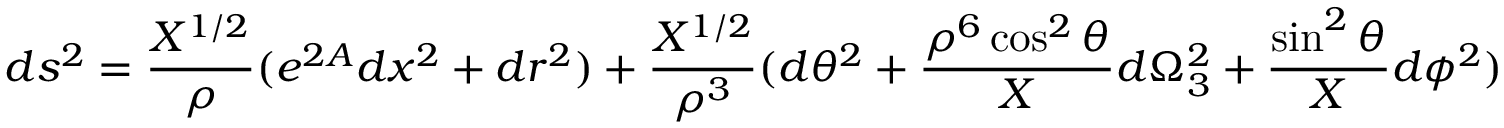
d s ^ { 2 } = { \frac { X ^ { 1 / 2 } } { \rho } } ( e ^ { 2 A } d x ^ { 2 } + d r ^ { 2 } ) + { \frac { X ^ { 1 / 2 } } { \rho ^ { 3 } } } ( d \theta ^ { 2 } + { \frac { \rho ^ { 6 } \cos ^ { 2 } \theta } { X } } d \Omega _ { 3 } ^ { 2 } + { \frac { \sin ^ { 2 } \theta } { X } } d \phi ^ { 2 } )